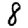
Digit: 8